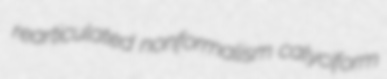
rearticulated nonformalism calyciform